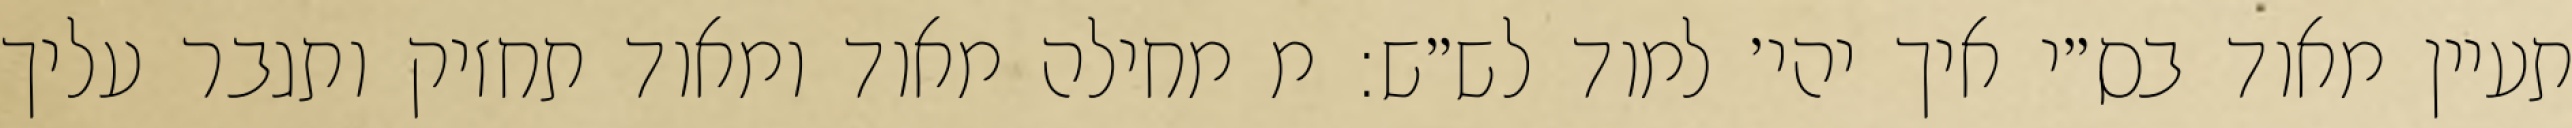
תעיין מאוד בס״י איך יהי׳ למוד לש״ש: מ מחילה מאוד ומאוד תחזיק ותגבר עליך